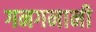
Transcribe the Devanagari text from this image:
गनगनानी